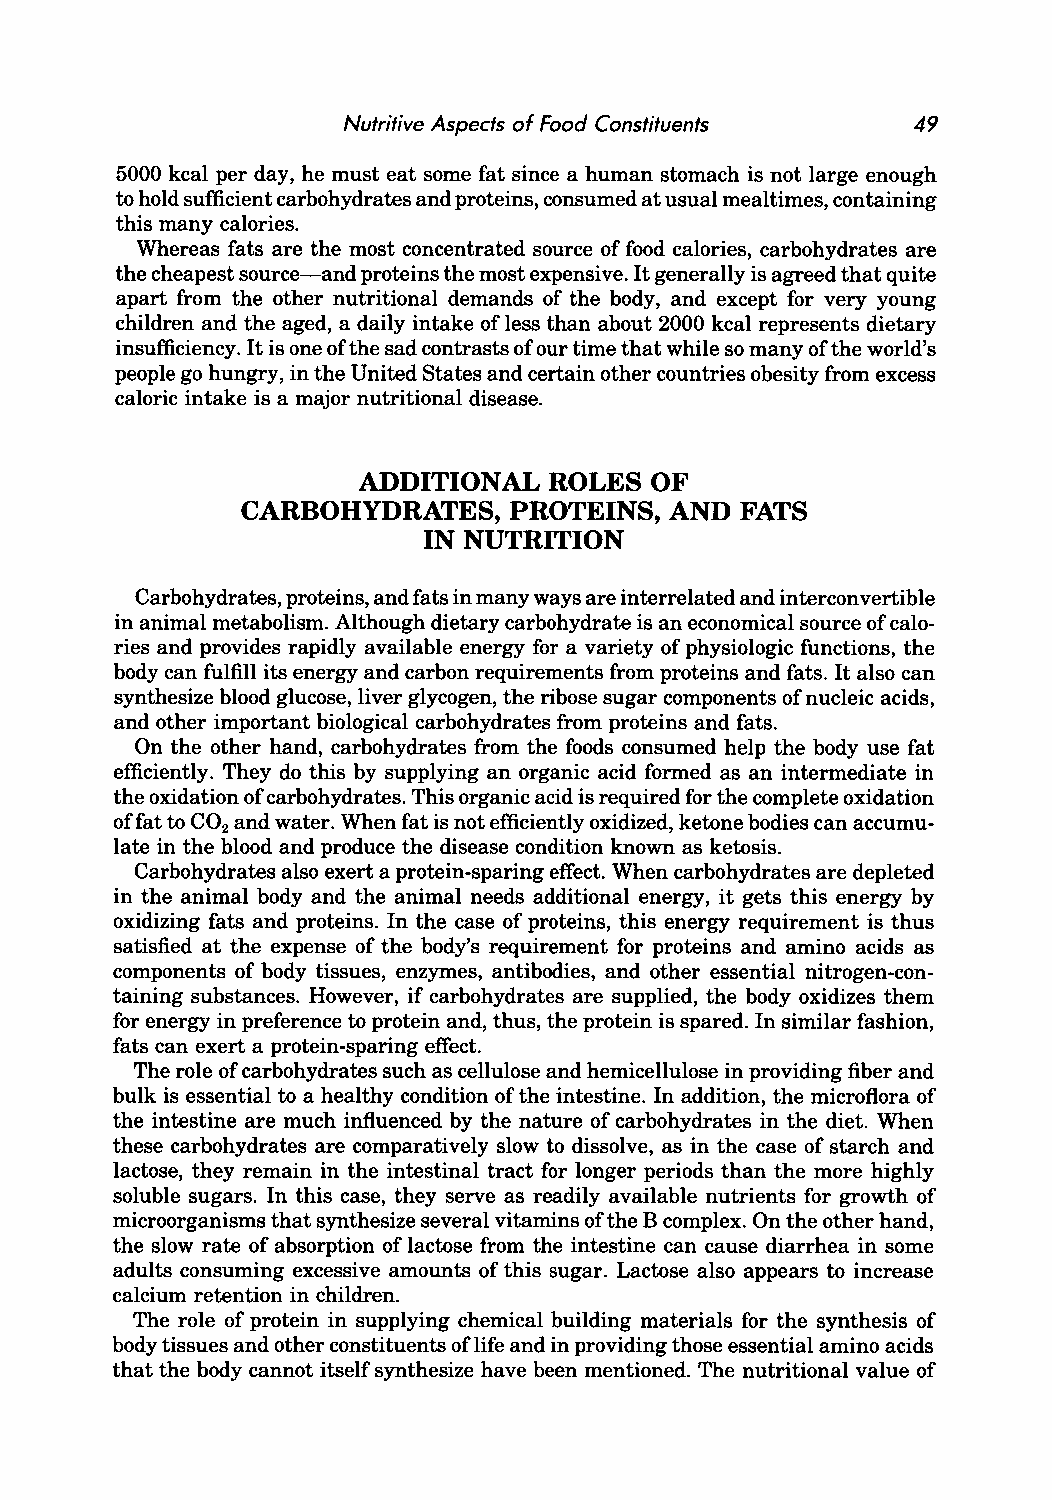
Nutritive Aspects of Food Constituents 49
 5000 kcal per day, he must eat some fat since a human stomach is not large enough
 to hold sufficient carbohydrates and proteins, consumed at usual mealtimes, containing
 this many calories.
 Whereas fats are the most concentrated source of food calories, carbohydrates are
 the cheapest source-and proteins the most expensive. It generally is agreed that quite
 apart from the other nutritional demands of the body, and except for very young
 children and the aged, a daily intake of less than about 2000 kcal represents dietary
 insufficiency. It is one of the sad contrasts of our time that while so many of the world's
 people go hungry, in the United States and certain other countries obesity from excess
 caloric intake is a major nutritional disease.
 ADDITIONAL  ROLES  OF
 CARBOHYDRATES,    PROTEINS, AND  FATS
 IN NUTRITION
 Carbohydrates, proteins, and fats in many ways are interrelated and interconvertible
 in animal metabolism. Although dietary carbohydrate is an economical source of calo
 ries and provides rapidly available energy for a variety of physiologic functions, the
 body can fulfill its energy and carbon requirements from proteins and fats. It also can
 synthesize blood glucose, liver glycogen, the ribose sugar components of nucleic acids,
 and other important biological carbohydrates from proteins and fats.
 On the other hand, carbohydrates from the foods consumed help the body use fat
 efficiently. They do this by supplying an organic acid formed as an intermediate in
 the oxidation of carbohydrates. This organic acid is required for the complete oxidation
 offa t to CO and water. When fat is not efficiently oxidized, ketone bodies can accumu
 2
 late in the blood and produce the disease condition known as ketosis.
 Carbohydrates also exert a protein-sparing effect. When carbohydrates are depleted
 in the animal body and the animal needs additional energy, it gets this energy by
 oxidizing fats and proteins. In the case of proteins, this energy requirement is thus
 satisfied at the expense of the body's requirement for proteins and amino acids as
 components of body tissues, enzymes, antibodies, and other essential nitrogen-con
 taining substances. However, if carbohydrates are supplied, the body oxidizes them
 for energy in preference to protein and, thus, the protein is spared. In similar fashion,
 fats can exert a protein-sparing effect.
 The role of carbohydrates such as cellulose and hemicellulose in providing fiber and
 bulk is essential to a healthy condition of the intestine. In addition, the microflora of
 the intestine are much influenced by the nature of carbohydrates in the diet. When
 these carbohydrates are comparatively slow to dissolve, as in the case of starch and
 lactose, they remain in the intestinal tract for longer periods than the more highly
 soluble sugars. In this case, they serve as readily available nutrients for growth of
 microorganisms that synthesize several vitamins of the B complex. On the other hand,
 the slow rate of absorption of lactose from the intestine can cause diarrhea in some
 adults consuming excessive amounts of this sugar. Lactose also appears to increase
 calcium retention in children.
 The role of protein in supplying chemical building materials for the synthesis of
 body tissues and other constituents of life and in providing those essential amino acids
 that the body cannot itself synthesize have been mentioned. The nutritional value of